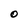
Character: 0